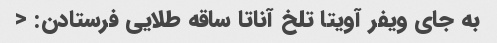
به جای ویفر آویتا تلخ آناتا ساقه طلایی فرستادن: <